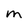
Character: M